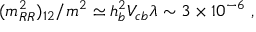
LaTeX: ( m _ { R R } ^ { 2 } ) _ { 1 2 } / m ^ { 2 } \simeq h _ { b } ^ { 2 } V _ { c b } \lambda \sim 3 \times 1 0 ^ { - 6 } \, \, ,